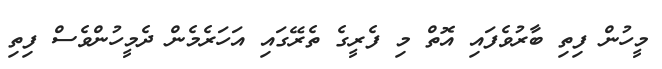
މީހުން ފިތި ބާރުވެފައި އޮތް މި ފެރީގެ ތެރޭގައި އަހަރެމެން ދެމީހުންވެސް ފިތި